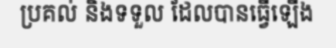
ប្រគល់ និងទទួល ដែលបានធ្វើឡើង